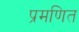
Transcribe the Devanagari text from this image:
प्रमणित